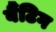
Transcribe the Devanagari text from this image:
बैंटिग